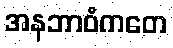
အနဘာဝံကတေ